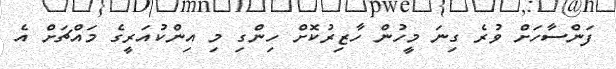
ފަންސާހަށް ވުރެ ގިނަ މީހުން ހާޒިރުކޮށް ހިންގި މި އިންކުއަރީގެ މައްޗަށް އެ